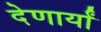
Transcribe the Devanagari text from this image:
देणार्यां